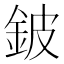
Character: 鈹